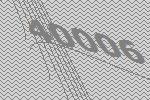
40006